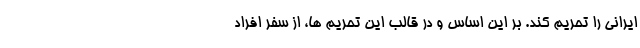
ایرانی را تحریم کند. بر این اساس و در قالب این تحریم ها، از سفر افراد